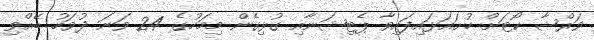
ވަރްޝާ ކޯޓަށް ހުށައަޅައިފައިވާ ޕެޓިޝަނާއި ގުޅިގެން މިމަހުގެ 24 ވަނަ ދުވަހު ބޭއްވި